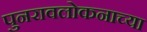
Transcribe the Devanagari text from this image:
पुनरावलोकनाच्या